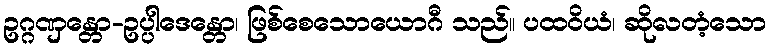
ဥဂ္ဂဏှန္တော-ဥပ္ပါဒေန္တော၊ ဖြစ်စေသောယောဂီ သည်။ ပထဝိယံ၊ ဆိုလတံ့သော